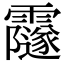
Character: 𩆰